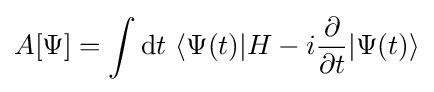
A[\Psi ]=\int \mathrm {d} t\ \langle \Psi (t)|H-i{\frac {\partial }{\partial t}}|\Psi (t)\rangle